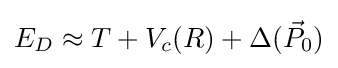
E_{D}\approx T+V_{c}(R)+\Delta ({\vec {P}}_{0})